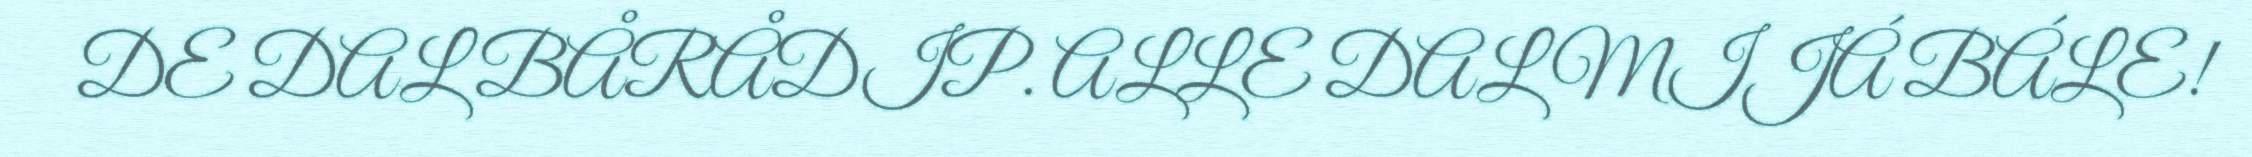
DE DAL BÅRÅDIP. ALLE DAL MIJÁ BÁLE!